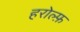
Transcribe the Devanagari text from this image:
हरोल्फ़